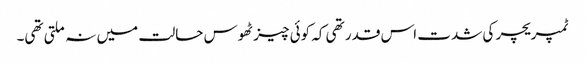
ٹمپریچر کی شدت اس قدر تھی کہ کوئی چیز ٹھوس حالت میں نہ ملتی تھی۔